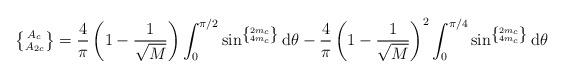
LaTeX: \begin{align*}\left\lbrace ^{\, A_{c}}_{A_{2c}} \right\rbrace = \frac{4}{\pi} \left(1 - \frac{1}{\sqrt{M}} \right) \int_{0}^{\pi {/}2} \sin^{\left\lbrace ^{2m_{c}}_{4m_{c}} \right\rbrace} {\rm d}\theta - \frac{4}{\pi} \left(1 - \frac{1}{\sqrt{M}} \right)^{2} \int_{0}^{\pi {/}4} \sin^{\left\lbrace ^{2m_{c}}_{4m_{c}} \right\rbrace} {\rm d}\theta \end{align*}